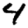
Digit: 4